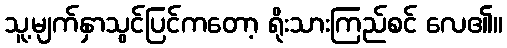
သူ့မျက်နှာသွင်ပြင်ကတော့ ရိုးသားကြည်စင် လေ၏။